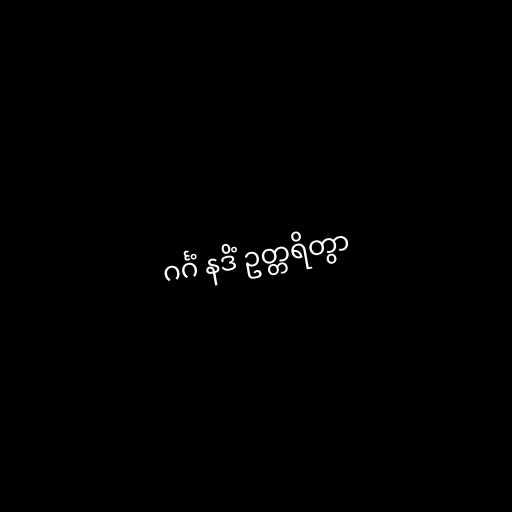
ဂင်္ဂံ နဒိံ ဥတ္တရိတွာ